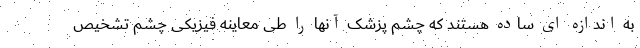
به اندازه ای ساده هستند که چشم پزشک آنها را طی معاینه فیزیکی چشم تشخیص